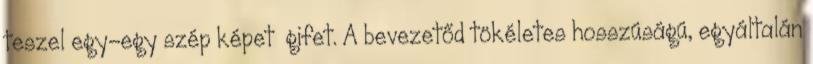
teszel egy-egy szép képet gifet. A bevezetőd tökéletes hosszúságú, egyáltalán